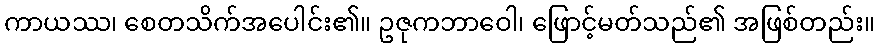
ကာယဿ၊ စေတသိက်အပေါင်း၏။ ဥဇုကဘာဝေါ၊ ဖြောင့်မတ်သည်၏ အဖြစ်တည်း။